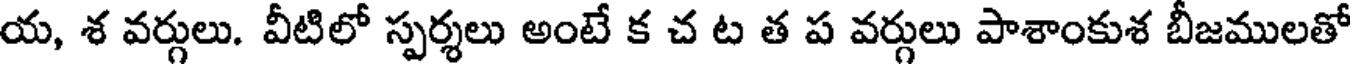
య, శ వర్గులు. వీటిలో స్పర్శలు అంటే క చ ట త ప వర్గులు పాశాంకుశ బీజములతో